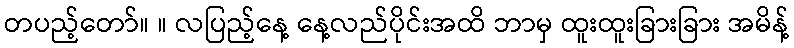
တပည့်တော်။ ။ လပြည့်နေ့ နေ့လည်ပိုင်းအထိ ဘာမှ ထူးထူးခြားခြား အမိန့်